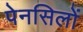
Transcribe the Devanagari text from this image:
पेनसिलों